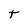
Character: t